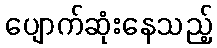
ပျောက်ဆုံးနေသည့်